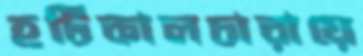
হর্টিকালচারায়ে